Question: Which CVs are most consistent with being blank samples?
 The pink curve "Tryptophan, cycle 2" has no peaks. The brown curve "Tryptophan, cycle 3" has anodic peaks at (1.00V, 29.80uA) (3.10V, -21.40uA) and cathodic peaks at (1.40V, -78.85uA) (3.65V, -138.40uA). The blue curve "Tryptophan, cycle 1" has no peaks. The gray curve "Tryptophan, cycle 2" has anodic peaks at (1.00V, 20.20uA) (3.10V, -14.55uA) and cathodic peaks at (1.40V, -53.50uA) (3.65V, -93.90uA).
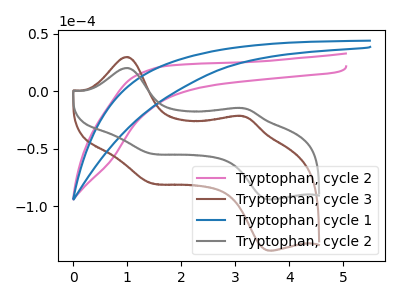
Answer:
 <answer>"Tryptophan, cycle 2" and "Tryptophan, cycle 1" are likely to be blanks.</answer>
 <eval>"Tryptophan, cycle 2", "Tryptophan, cycle 1"</eval>